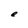
Character: e